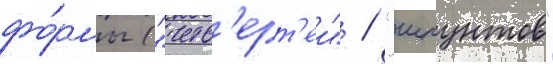
фо́рмы ("четв'ерт'еи" / "шпунтов"